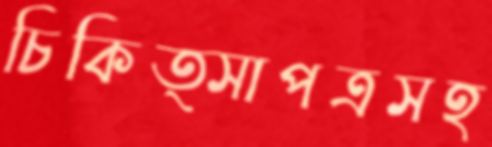
চিকিত্সাপত্রসহ